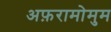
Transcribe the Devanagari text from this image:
अफ़रामोमुम